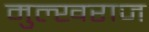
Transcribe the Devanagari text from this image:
मुल्खराज